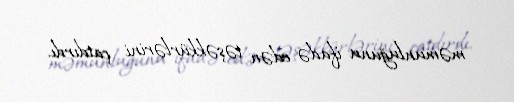
məmunluğunu ifadə edən təşəkkürlərini çatdırdı.